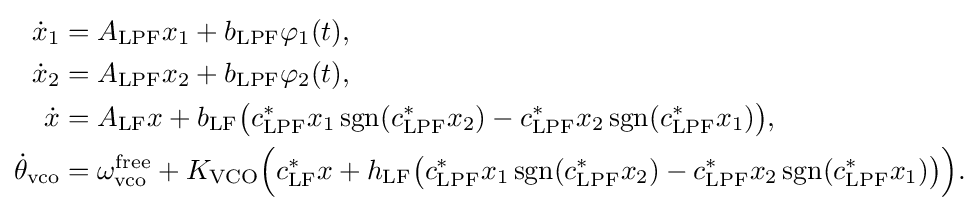
{\begin{aligned}{\dot {x}}_{1}&=A_{\text{LPF}}x_{1}+b_{\text{LPF}}\varphi _{1}(t),\\{\dot {x}}_{2}&=A_{\text{LPF}}x_{2}+b_{\text{LPF}}\varphi _{2}(t),\\{\dot {x}}&=A_{\text{LF}}x+b_{\text{LF}}{\big (}c_{\text{LPF}}^{*}x_{1}\operatorname {sgn}(c_{\text{LPF}}^{*}x_{2})-c_{\text{LPF}}^{*}x_{2}\operatorname {sgn}(c_{\text{LPF}}^{*}x_{1}){\big )},\\{\dot {\theta }}_{\text{vco}}&=\omega _{\text{vco}}^{\text{free}}+K_{\text{VCO}}{\Big (}c_{\text{LF}}^{*}x+h_{\text{LF}}{\big (}c_{\text{LPF}}^{*}x_{1}\operatorname {sgn}(c_{\text{LPF}}^{*}x_{2})-c_{\text{LPF}}^{*}x_{2}\operatorname {sgn}(c_{\text{LPF}}^{*}x_{1}){\big )}{\Big )}.\\\end{aligned}}